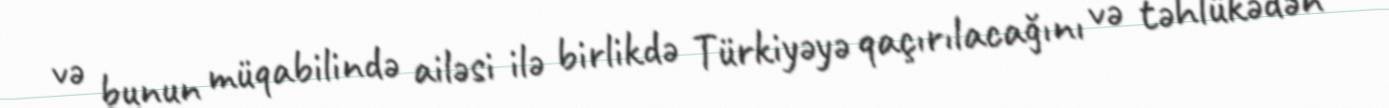
və bunun müqabilində ailəsi ilə birlikdə Türkiyəyə qaçırılacağını və təhlükədən